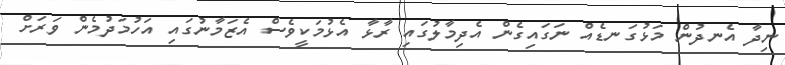
ނިދާ އެނދުން މަޅުގަނޑެއް ނަގައިގެން އެދިމާލުގައި ރާޅާ އެޅުމަކީވެސް އެޒަމާނުގައި އަހުމަދުމެން ވަރަށް